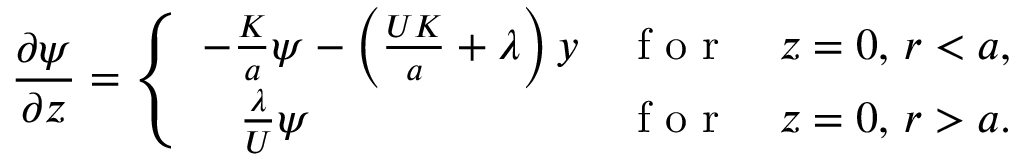
\frac { \partial \psi } { \partial z } = \left\{ \begin{array} { l l } { - \frac { K } { a } \psi - \left( \frac { U K } { a } + \lambda \right) y } & { \textrm { f o r } \quad z = 0 , \, r < a , } \\ { \; \; \; \frac { \lambda } { U } \psi } & { \textrm { f o r } \quad z = 0 , \, r > a . } \end{array} \right.